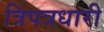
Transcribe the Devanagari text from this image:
त्रिपत्रधारी